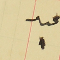
عدد ١